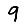
Digit: 9